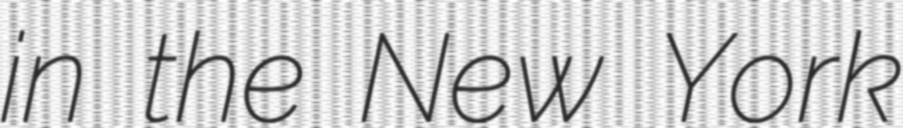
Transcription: in the New York